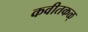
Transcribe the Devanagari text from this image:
कवीतकळ्